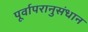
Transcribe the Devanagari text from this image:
पूर्वापरानुसंधान